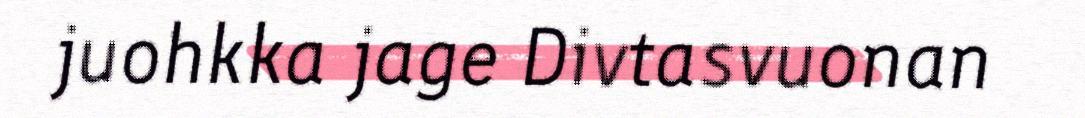
juohkka jage Divtasvuonan